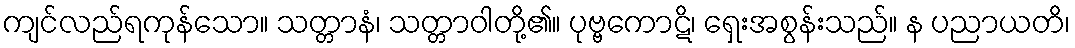
ကျင်လည်ရကုန်သော။ သတ္တာနံ၊ သတ္တာဝါတို့၏။ ပုဗ္ဗကောဋိ၊ ရှေးအစွန်းသည်။ န ပညာယတိ၊